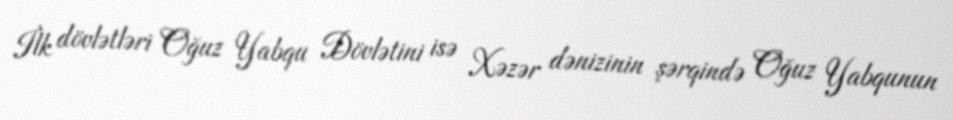
İlk dövlətləri Oğuz Yabqu Dövlətini isə Xəzər dənizinin şərqində Oğuz Yabqunun